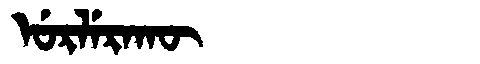
Manchu: ᡠᡵᠯᡝᡵᠠᡴᡡ
Romanization: URLERAKŪ